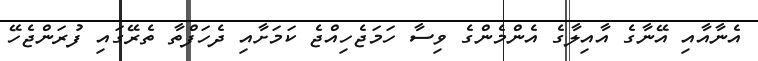
އެނާއާއި އޭނާގެ އާއިލާގެ އެންމެންގެ ވިސާ ހަމަޖެހިއްޖެ ކަމަށާއި ދެހަފްތާ ތެރޭގައި ފުރަންޖެހޭ